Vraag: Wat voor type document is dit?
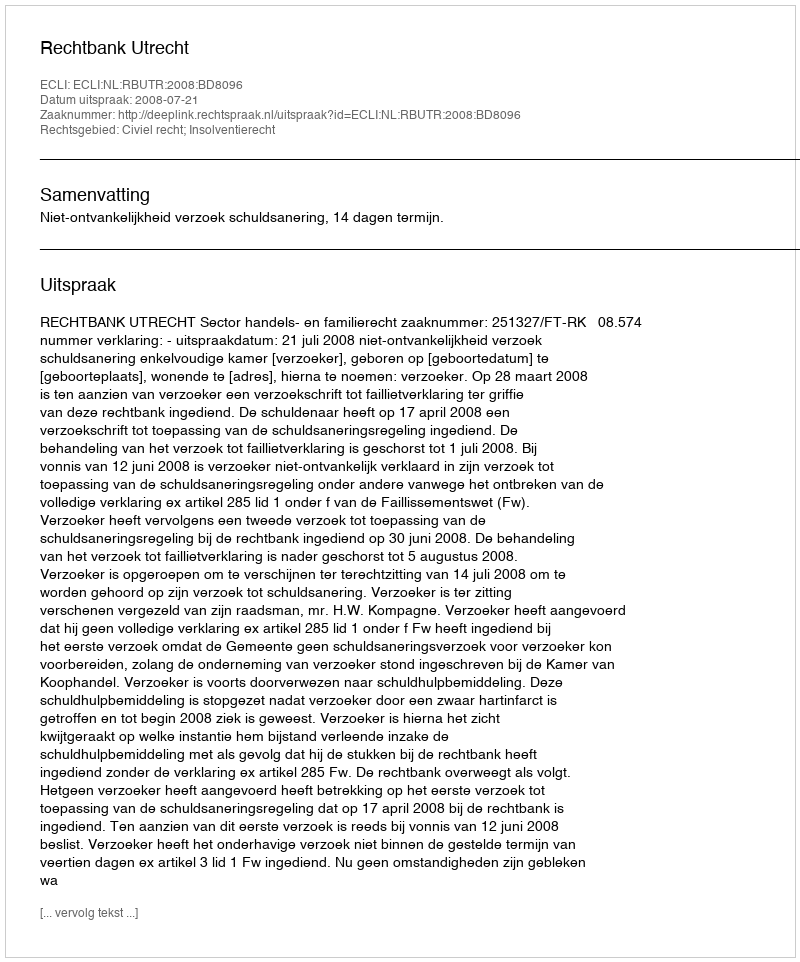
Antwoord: Uitspraak